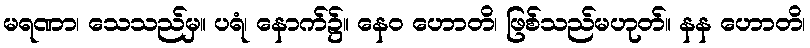
မရဏာ၊ သေသည်မှ။ ပရံ၊ နောက်၌။ နေဝ ဟောတိ၊ ဖြစ်သည်မဟုတ်။ နန ဟောတိ၊